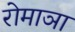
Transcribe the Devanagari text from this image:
रोमाञा